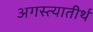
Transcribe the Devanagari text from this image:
अगस्त्यातीर्थ